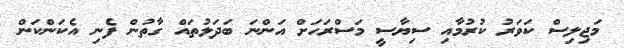
މަޖިލިސް ކަވަރު ކުރުމާއި ސިޔާސީ މަސްރަހަށް އަންނަ ބަދަލުތައް ގާތުން ފެނި އެކަންކަން